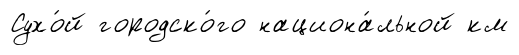
Сухо́й городско́го национа́льной км